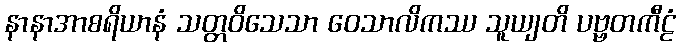
နာနာအာစရိယာနံ သတ္တဝိသေသာ ဝေသာလိကဿ သူယျတိ ပဗ္ဗတကီဠံ